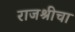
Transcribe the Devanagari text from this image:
राजश्रीचा